Lyperosia minuta, Bezzi - Number 59
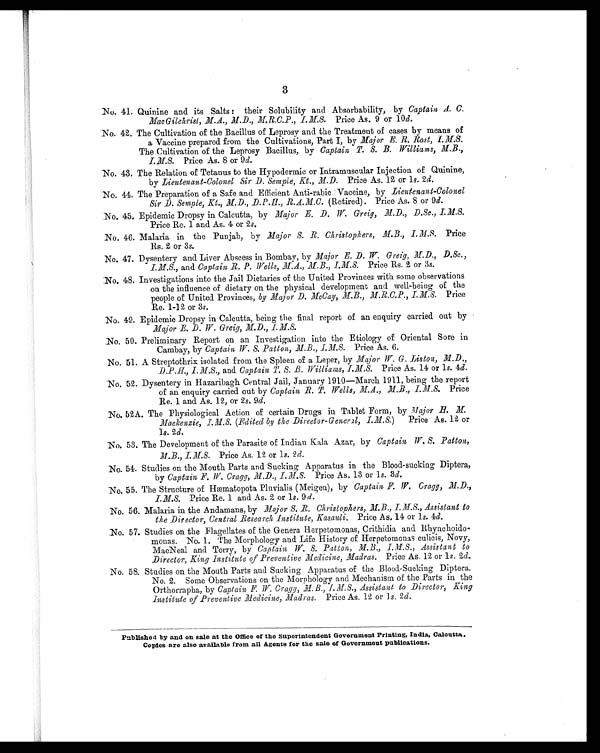
3
No. 41. Quinine and its Salts : their Solubility and Absorbability, by Captain A. C.
MacGilchrist, M.A., M.D., M.R.C.P., I.M.S. Price As. 9 or 10 d.
No. 42. The Cultivation of the Bacillus of Leprosy and the Treatment of cases by means of
a Vaccine prepared from the Cultivations, Part I, by Major E. R. Rost, I.M.S.
The Cultivation of the Leprosy Bacillus, by Captain T. S. B. Williams, M.B.,
I.M.S. Price As. 8 or 9d.
No. 43. The Relation of Tetanus to the Hypodermic or Intramuscular Injection of Quinine,
by Lieutenant-Colonel Sir D. Semple, .Kt., M.D. Price As. 12 or l s. 2d.
No. 44. The Preparation of a Safe and Efficient Anti-rabic Vaccine, by Lieutenant-Colonel
Sir D. Semple, Kt., M.D., D. P.H., R.A.M.C. (Retired). Price As. 8 or 9d.
No. 45. Epidemic Dropsy in Calcutta, by Major E. D. W. Greig, M.D., D.Sc., I.M.S.
Price Re. 1 and As. 4 or 2s.
No. 46. Malaria in the Punjab, by Major S. B. Christophers, M.B. I.M.S. Pr i ce
Rs. 2 or 3s.
No. 47. Dysentery and Liver Abscess in Bombay, by Major E. D. W. Greig, M.D., D.Sc.,
I.M.S., and Captain R. P. Wells, M.A., M.B., I.M.S. Price Rs. 2 or 3s.
No. 48. Investigations into the Jail Dietaries of the United Provinces with some observations
on the influence of dietary on the physical development and well-being of the
people of United Provinces, by Major D. McCay, M.B., M R.C.P., I.M.S. Price
Re. 1-12 or 3s.
No. 49. Epidemic Dropsy in Calcutta, being the final report of an enquiry carried out by
Major E. D. W. Greig, M.D., I.M.S.
No. 50. Preliminary Report on an Investigation into the Etiology of Oriental Sore in
Cambay, by Captain W. S. Patton, M.B., I.M.S. Price As. 6.
No. 51. A Streptothrix isolated from the Spleen of a Leper, by Major W. G. Liston, M.D.,
D.P.H., I.M.S., and Captain T. S. R. Williams, I.M.S. Price As. 14 or 1s. 4 d .
No. 52. Dysentery in Hazaribagh Central Jail, January 1910—March 1911, being the report
of an enquiry carried out by Captain R. T. Wells, M.A., M.B., I.M.S.P r i c e
Re. 1 and As. 12, or 2 s. 9d.
No. 52A. The Physiological Action of certain Drugs in Tablet Form, by Major H. M.
Mackenzie, I.M.S. (Edited by the Director-General, I.M.S.)
Price As. 12 or
l s. 2d.
No. 53. The Development of the Parasite of Indian Kala Azar, by Captain W. S. Patton,
M.B., I.M.S. Price As. 12 or ls. 2 d.
No. 54. Studies on the Mouth Parts and Sucking Apparatus in the Blood-sucking Diptera,
by Captain F. W. Cragg, M.D., I. M.S. Price As. 13 or ls. 3 d.
No. 55. The Structure of Hæmatopota Pluvialis (Meigen), by Captain F. W. Cragg, M.D.,
I.M.S. Price Re. 1 and As. 2 or ls. 9 d .
No. 56. Malaria in the Andamans, by Major S. R. Christophers, M.B., I.M.S., Assistant to
the Director, Central Research institute, Kasauli. Price As. 14 or ls. 4d.
No. 57. Studies on the Flagellates of the Genera Herpetomonas, Crithidia and Rhynchoido-
monas. No. 1. The Morphology and Life History of Herpetomonas culicis, Novy,
MacNeal and Torry, by Captain W. S. Patton, M.B., I.M.S. Assistant to
Director, King Institute of Preventive Medicine, Madras. Price As. 12 or ls. 2d
No. 58. Studies on the Mouth Parts and Sucking Apparatus of the Blood-Sucking Diptera.
No. 2. Some Observations on the Morphology and Mechanism of the Parts in the
Orthorrapha, by Captain F. W. Cragg, M. B . , I . M . S . , A s s i s t a n t t o D i r e c t o r , K i n g
Institute of Preventive Medicine, Madras. Price As. 12 or ls. 2d.
Published by and on sale at the Office of the Superintendent Government Printing, India, Calcutta.
Copies are also available from all Agents for the sale of Government publications.